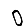
Digit: 0